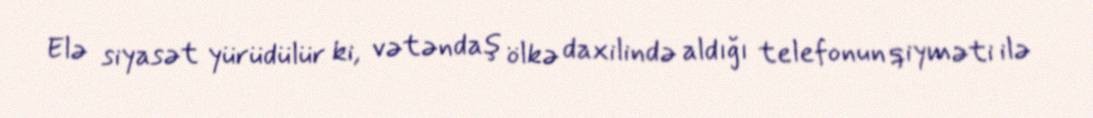
Elə siyasət yürüdülür ki, vətəndaş ölkə daxilində aldığı telefonun qiyməti ilə